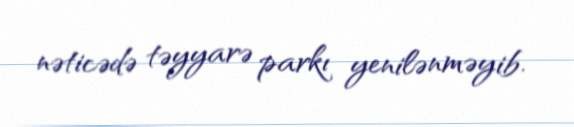
nəticədə təyyarə parkı yenilənməyib.